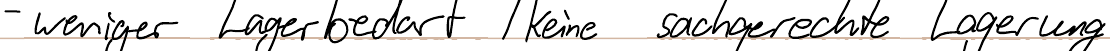
- weniger Lagerbedarf / keine sachgerechte Lagerung